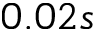
0 . 0 2 s